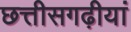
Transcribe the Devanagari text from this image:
छत्तीसगढ़ीयां